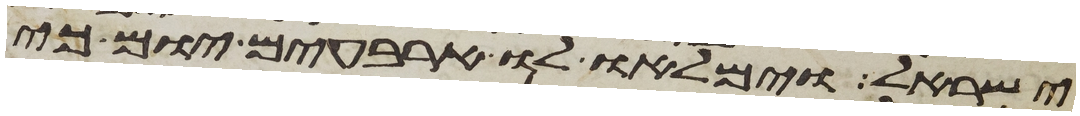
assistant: ישראל וימלאו לו ארבעים יום כי